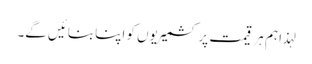
لہذا ہم ہر قیمت پر کشمیریوں کو اپنا بنائیں گے۔